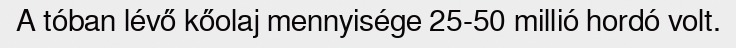
A tóban lévő kőolaj mennyisége 25-50 millió hordó volt.